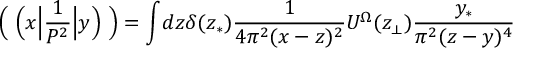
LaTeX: { \mathrm { \bf \Big ( ~ \! \! ~ \Big ( } } x \Big | \frac { 1 } { { \cal P } ^ { 2 } } \Big | y { \mathrm { \bf \Big ) ~ \! \! ~ \Big ) } } = \int \! d z \delta ( z _ { \ast } ) \frac { 1 } { 4 \pi ^ { 2 } ( x - z ) ^ { 2 } } U ^ { \Omega } ( z _ { \perp } ) \frac { y _ { \ast } } { \pi ^ { 2 } ( z - y ) ^ { 4 } }